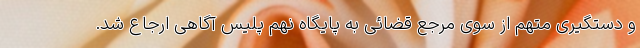
و دستگیری متهم از سوی مرجع قضائی به پایگاه نهم پلیس آگاهی ارجاع شد.